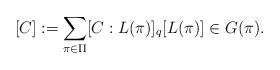
LaTeX: \begin{align*}[C]:=\sum_{\pi\in\Pi}[C:L(\pi)]_q[L(\pi)]\in G(\pi).\end{align*}